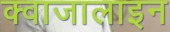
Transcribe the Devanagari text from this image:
क्वाजालाइन